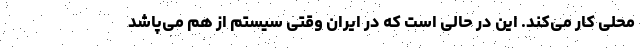
محلی کار می‌کند. این در حالی است که در ایران وقتی سیستم از هم می‌پاشد